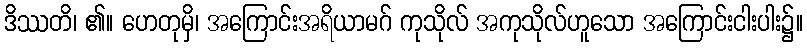
ဒိဿတိ၊ ၏။ ဟေတုမှိ၊ အကြောင်းအရိယာမဂ် ကုသိုလ် အကုသိုလ်ဟူသော အကြောင်းငါးပါး၌။